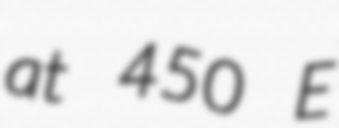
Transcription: at 450 E